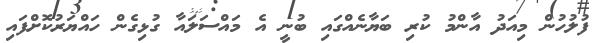
ފުލުހުން މިއަދު އާންމު ކުރި ބަޔާނެއްގައި ބުނީ އެ މައްސަލައާ ގުޅިގެން ހައްޔަރުކޮށްފައި